Indian Medical Review
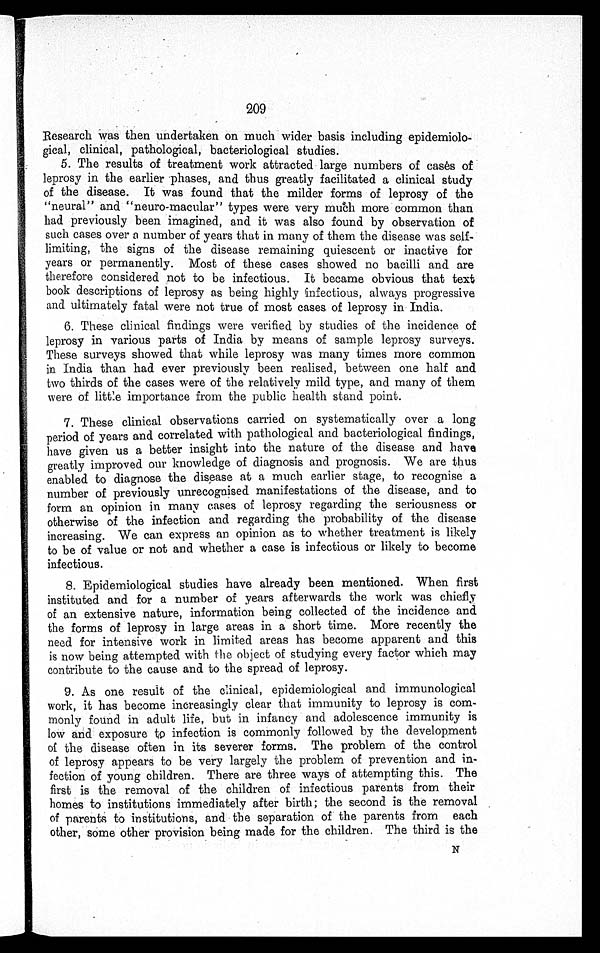
209
.
Research was then undertaken on much wider basis including epidemiolo--
gical, clinical, pathological, bacteriological studies.
5. The results of treatment work attracted large numbers of cases of
leprosy in the earlier phases, and thus greatly facilitated a clinical study
of the disease. It was found that the milder forms of leprosy of the
"neural" and "neuro-macular" types were very much more common than
had previously been imagined, and it was also found by observation of
such cases over a number of years that in many of them the disease was self-
limiting, the signs of the disease remaining quiescent or inactive for
years or permanently. Most of these cases showed no bacilli and are
therefore considered not to be infectious. It became obvious that text
book descriptions of leprosy as being highly infectious, always progressive
and ultimately fatal were not true of most cases of leprosy in India.
6. These clinical findings were verified by studies of the incidence of
leprosy in various parts of India by means of sample leprosy surveys.
These surveys showed that while leprosy was many times more common
in India than had ever previously been realised, between one half and
two thirds of the cases were of the relatively mild type, and many of them
were of little importance from the public health stand point.
7. These clinical observations carried on systematically over a long
period of years and correlated with pathological and bacteriological findings,
have given us a better insight into the nature of the disease and have
greatly improved our knowledge of diagnosis and prognosis. We are thus
enabled to diagnose the disease at a much earlier stage, to recognise a
number of previously unrecognised manifestations of the disease, and to
form an opinion in many cases of leprosy regarding the seriousness or
otherwise of the infection and regarding the probability of the disease
increasing. We can express an opinion as to whether treatment is likely
to be of value or not and whether a case is infectious or likely to become
infectious.
8. Epidemiological studies have already been mentioned. When first
instituted and for a number of years afterwards the work was chiefly
of an extensive nature, information being collected of the incidence and
the forms of leprosy in large areas in a short time. More recently the
need for intensive work in limited areas has become apparent and this
is now being attempted with the object of studying every factor which may
contribute to the cause and to the spread of leprosy.
9. As one result of the clinical, epidemiological and immunological
work, it has become increasingly clear that immunity to leprosy is com-
monly found in adult life, but in infancy and adolescence immunity is
low and exposure to infection is commonly followed by the development
of the disease often in its severer forms. The problem of the control
of leprosy appears to be very largely the problem of prevention and in-
fection of young children. There are three ways of attempting this. The
first is the removal of the children of infectious parents from their
homes to institutions immediately after birth; the second is the removal
of parents to institutions, and the separation of the parents from each
other, some other provision being made for the children. The third is the